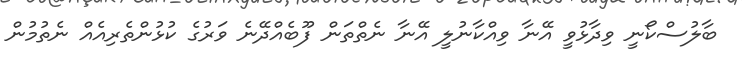
ބާލުސްކޯނީ ވިދާޅުވީ އޭނާ ވިއްކާނުލީ އޭނާ ނެތްތަން ފޫބެއްދޭނެ ވަރުގެ ކުޅުންތެރިއެއް ނެތުމުން